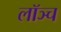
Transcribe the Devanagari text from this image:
लॉञ्च